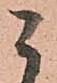
ニ